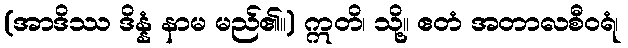
(အာဒိဿ ဒိန္နံ နာမ မည်၏။) ဣတိ၊ သို့။ ဧတံ အတာလစီဝရံ၊